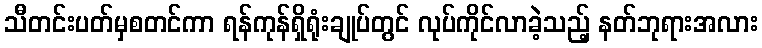
သီတင်းပတ်မှစတင်ကာ ရန်ကုန်ရှိရုံးချုပ်တွင် လုပ်ကိုင်လာခဲ့သည့် နတ်ဘုရားအလား